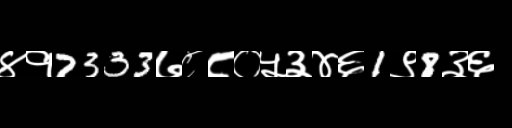
Text: ४१7333७८८०५३४६1९8३६